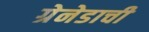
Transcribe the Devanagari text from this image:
ग्रेनेडाची